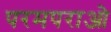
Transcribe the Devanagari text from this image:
परमपराओ